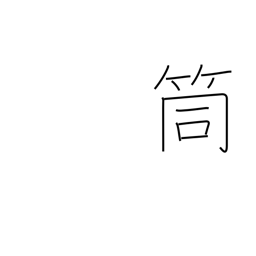
Meaning: pipe